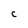
Character: c